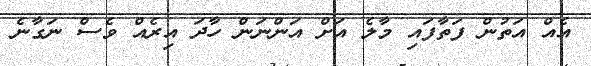
އެއް އަތުން ފަތާފައި މާލެ އަށް އަންނަން ހާދަ އިރެއް ވެސް ނަގާނެ